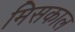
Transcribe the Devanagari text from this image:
मिसकाल